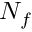
N _ { f }